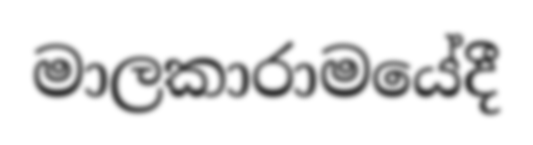
මාලකාරාමයේදී